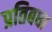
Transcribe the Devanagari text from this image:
प्रतिबधा